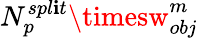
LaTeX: N_{p}^{spl\mathbf{i}t}\timesw_{obj}^{m}